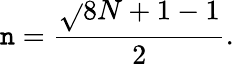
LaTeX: \mathtt{n}={\frac{{{\sqrt{}{{8N+1}}}-1}}{{2}}}.